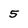
Character: 5